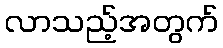
လာသည့်အတွက်